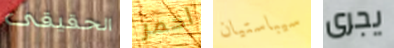
الحقيقى احمر سيباستيان يجرى